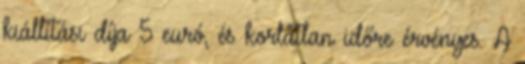
kiállítási díja 5 euró, és korlátlan időre érvényes. A